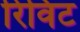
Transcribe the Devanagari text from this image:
रिविट